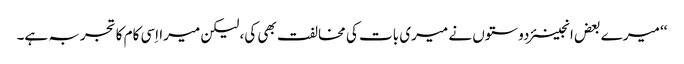
‘‘ میرے بعض انجینئر دوستوں نے میری بات کی مخالفت بھی کی، لیکن میرا اِسی کام کا تجربہ ہے۔